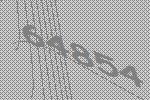
64854